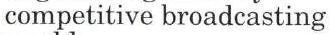
competitive broadcasting